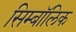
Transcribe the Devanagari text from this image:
सिम्बॉलिक